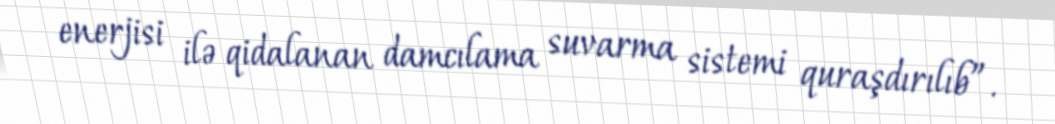
enerjisi ilə qidalanan damcılama suvarma sistemi quraşdırılıb”.